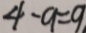
4 - 9 = 9